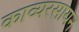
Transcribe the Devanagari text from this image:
काव्यरसायन